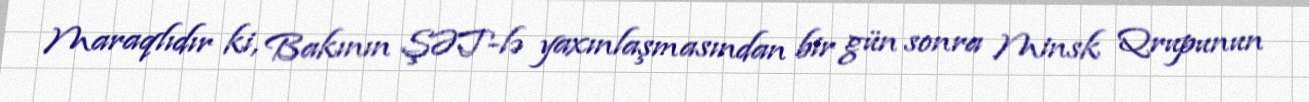
Maraqlıdır ki, Bakının ŞƏT-lə yaxınlaşmasından bir gün sonra Minsk Qrupunun